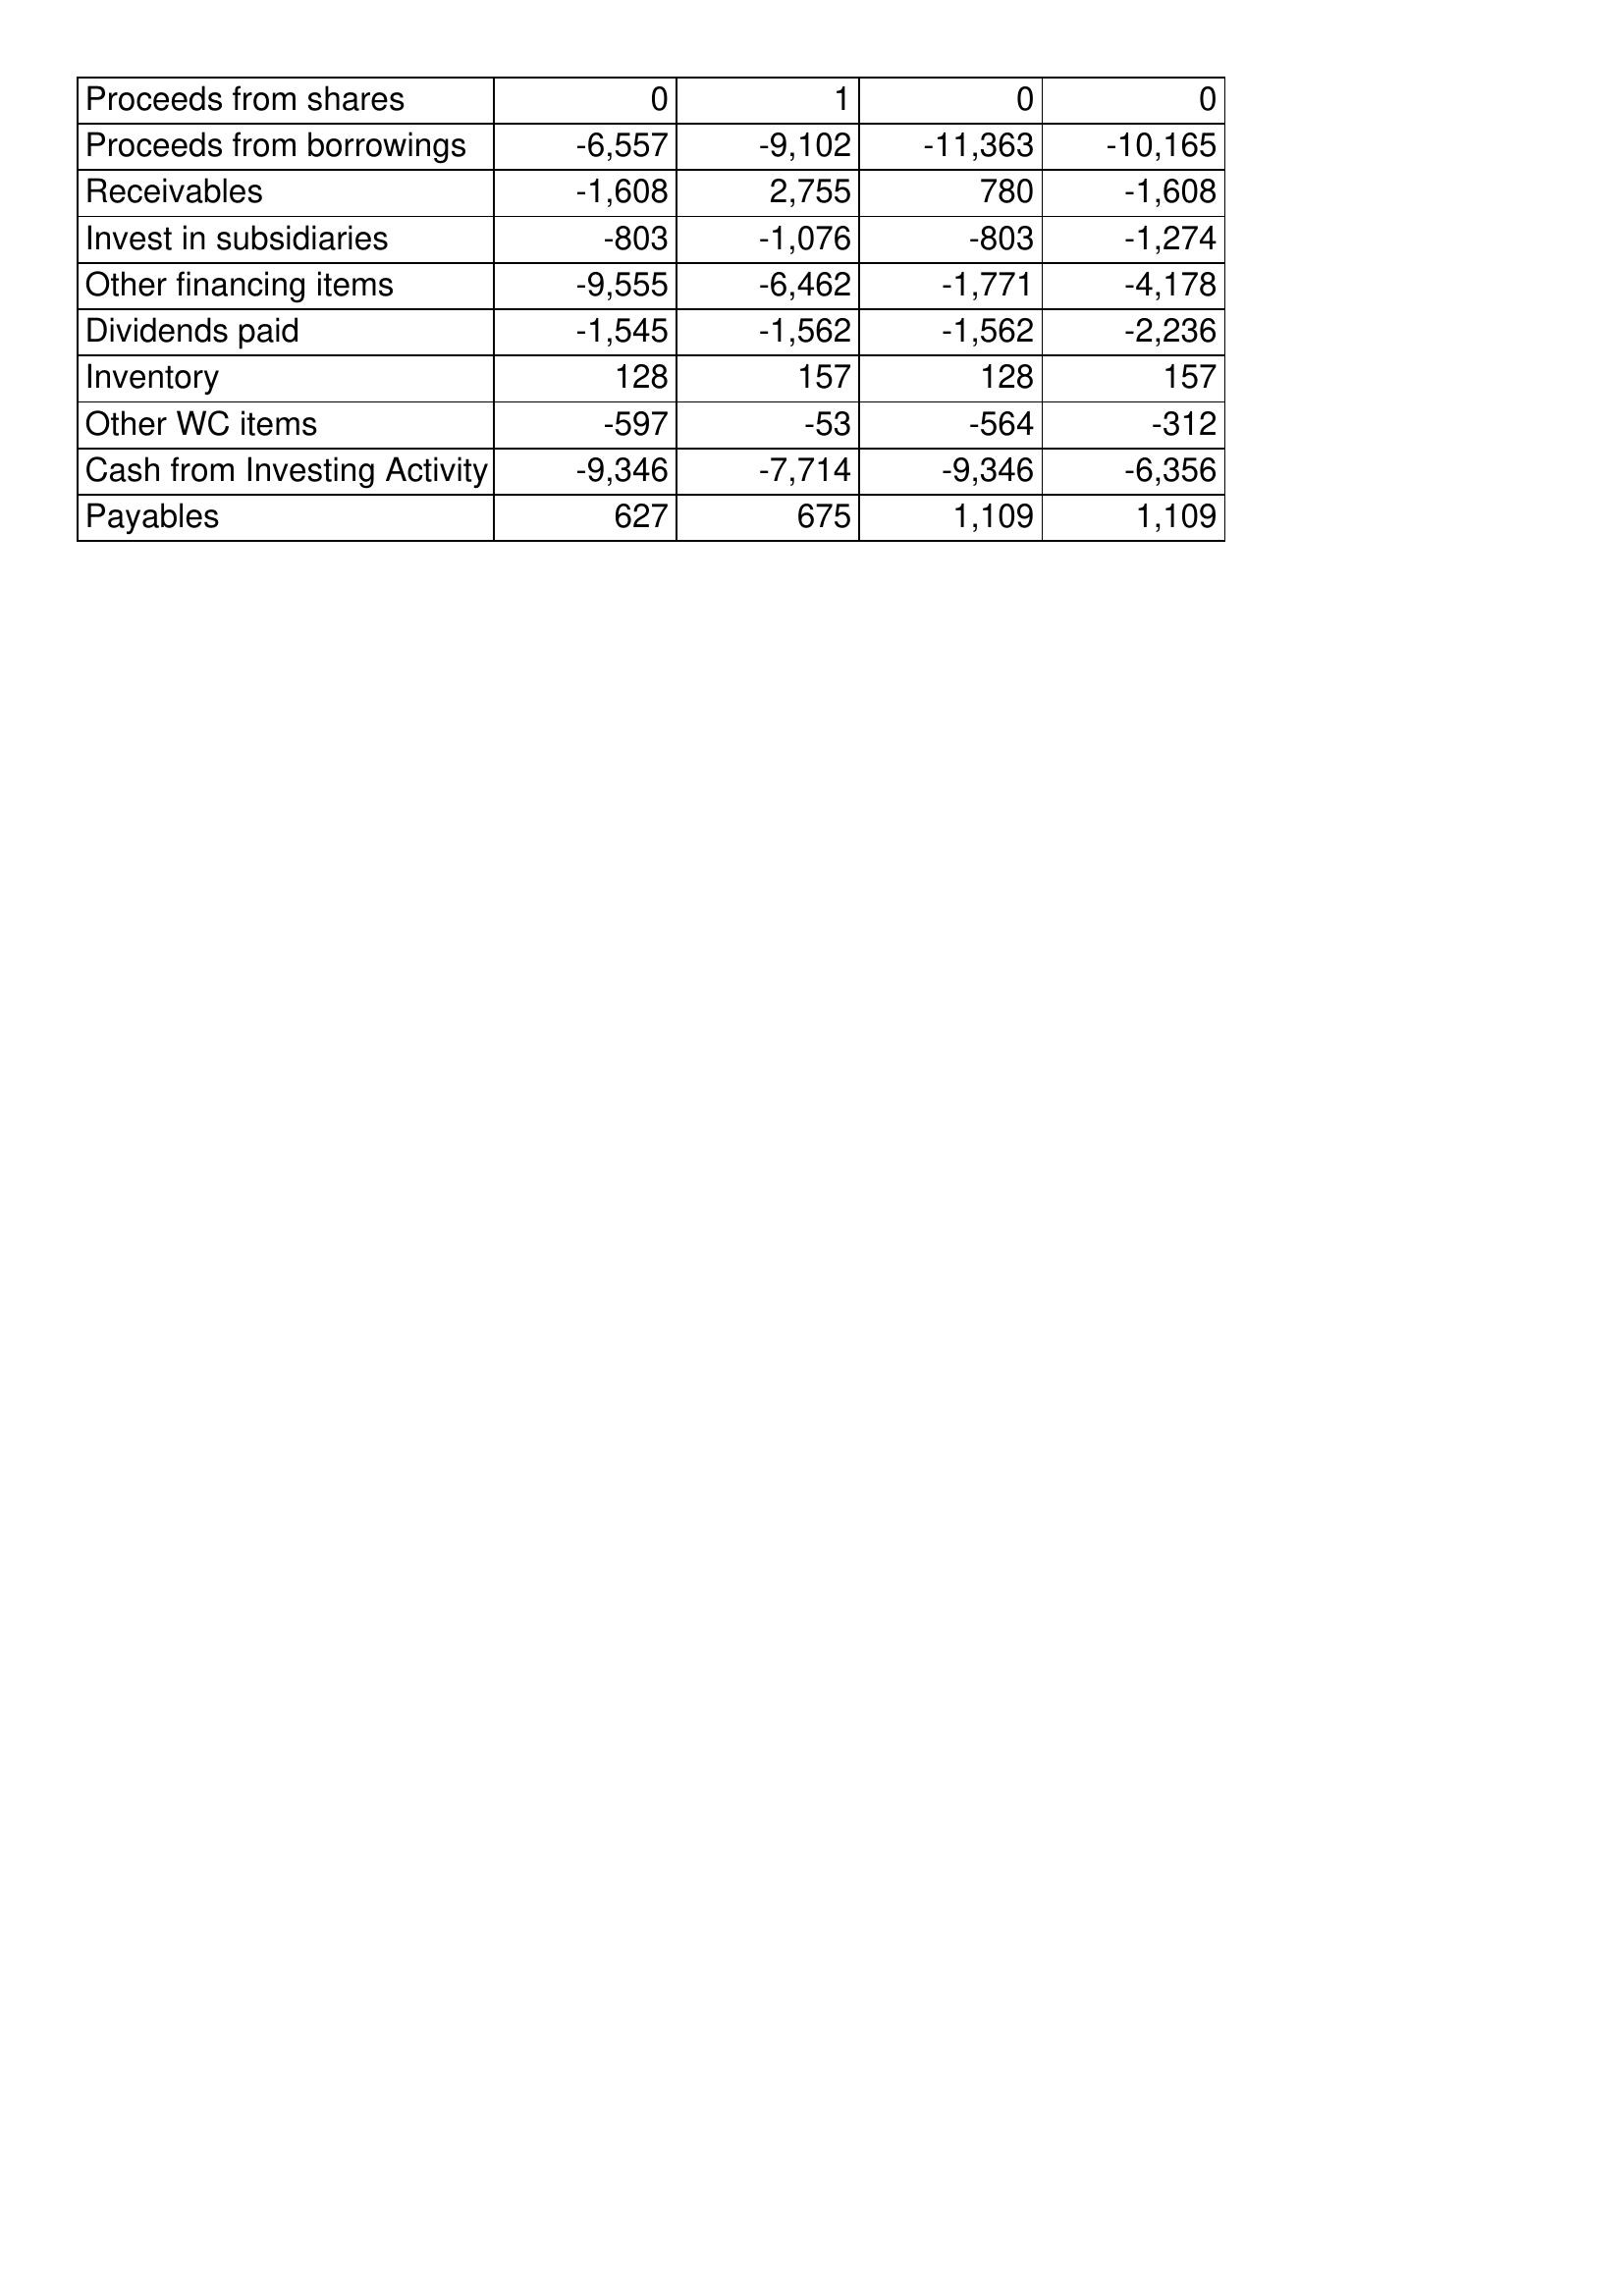
Apr-97: Cash Flows: Proceeds from shares: 0
Proceeds from borrowings: -6,557
Receivables: -1,608
Invest in subsidiaries: -803
Other financing items: -9,555
Dividends paid: -1,545
Inventory: 128
Other WC items: -597
Cash from Investing Activity: -9,346
Payables: 627
Apr-96: Cash Flows: Proceeds from shares: 1
Proceeds from borrowings: -9,102
Receivables: 2,755
Invest in subsidiaries: -1,076
Other financing items: -6,462
Dividends paid: -1,562
Inventory: 157
Other WC items: -53
Cash from Investing Activity: -7,714
Payables: 675
Apr-95: Cash Flows: Proceeds from shares: 0
Proceeds from borrowings: -11,363
Receivables: 780
Invest in subsidiaries: -803
Other financing items: -1,771
Dividends paid: -1,562
Inventory: 128
Other WC items: -564
Cash from Investing Activity: -9,346
Payables: 1,109
Apr-94: Cash Flows: Proceeds from shares: 0
Proceeds from borrowings: -10,165
Receivables: -1,608
Invest in subsidiaries: -1,274
Other financing items: -4,178
Dividends paid: -2,236
Inventory: 157
Other WC items: -312
Cash from Investing Activity: -6,356
Payables: 1,109